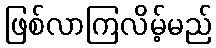
ဖြစ်လာကြလိမ့်မည်